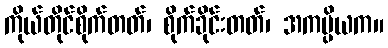
ကိုယ်တိုင်စိုက်တတ်၊ စိုက်ခိုင်းတတ်၊ အကပ္ပိယက။